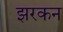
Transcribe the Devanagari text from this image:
झरकन